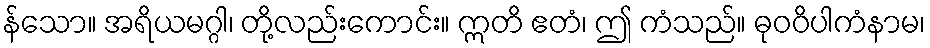
န်သော။ အရိယမဂ္ဂါ၊ တို့လည်းကောင်း။ ဣတိ ဧတံ၊ ဤ ကံသည်။ ဓုဝဝိပါကံနာမ၊